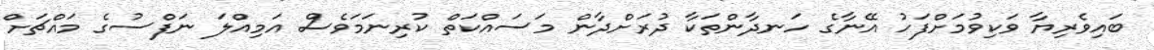
ބައިވެރިޔާ ވަކިވުމަށްފަހު އޭނާގެ ހަނދާންތަކާ ދުރަށްދާން މަސައްކަތް ކުރިނަމަވެސް އަމިއްލަ ނަފްސުގެ މައްޗަށް